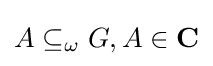
A\subseteq _{\omega }G,A\in \mathbf {C}